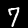
Digit: 7